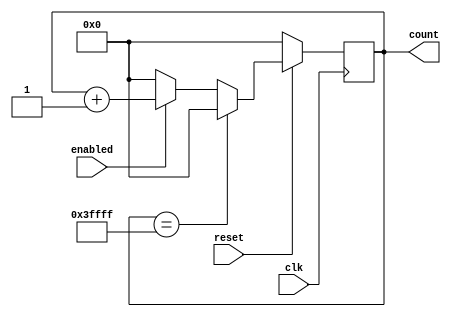
/*
Counter:
Inputs
	enabled: 				(1 bit)
	reset: 			 		(1 bit)
	clk: 			 		(1 bit)
Outputs
	count:					(18 bit)
*/

module Counter (
	// If enabled is turned off, count is reseted
	input clk,
	input enabled,
	input reset,			// Asynchronous reset active low
	//input restart,
	output reg [17:0] count
);

	always @(posedge clk) 
	begin
		if(reset == 1'b0) begin
			count <= 0;
		// end else if (restart == 1'b1) begin
		// 	count <= 0;
		end else if (count == {18{1'b1}}) begin
			count <= 0;
		end else if (enabled == 1'b1) begin
			count <= count + 1'b1;
		end else begin
			count <= 0;
		end
	end

endmodule